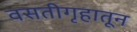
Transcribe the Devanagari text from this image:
वसतीगृहातून